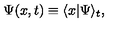
\Psi ( x , t ) \equiv \langle x | \Psi \rangle _ { t } ,